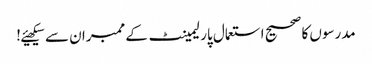
مدرسوں کا صحیح استعمال پارلیمینٹ کے ممبران سے سیکھیئے!